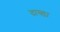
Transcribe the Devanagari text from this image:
दाव्ड़ा